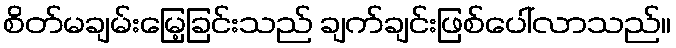
စိတ်မချမ်းမြေ့ခြင်းသည် ချက်ချင်းဖြစ်ပေါ်လာသည်။